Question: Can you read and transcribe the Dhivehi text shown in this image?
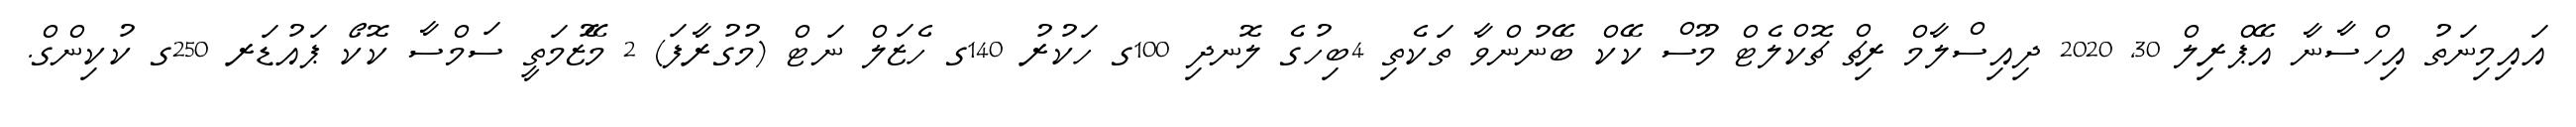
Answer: އައިމިނަތު އިހްސާނާ އޭޕްރިލް 30, 2020 ދިއިސްލާމް ރިޗް ޗޮކްލެޓް މޫސް ކޭކް ބޭނުންވާ ތަކެތި 4ބިހުގެ ލޮނދި 100ގ ހަކުރު 140ގ ހެޒަލް ނަޓް (މުގުރާފަ) 2 މޭޒުމަތީ ސަމްސާ ކޮކޯ ޕައުޑަރ 250ގ ކުކިންގް.